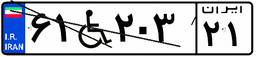
۶۱W۲۰۳۲۱